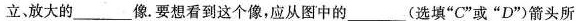
立，放大的___像.要想看到这个像，应从图中的___(选填”C”或”D”)箭头所